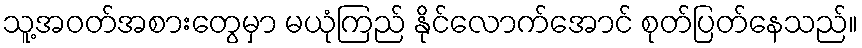
သူ့အဝတ်အစားတွေမှာ မယုံကြည် နိုင်လောက်အောင် စုတ်ပြတ်နေသည်။